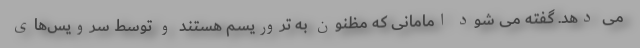
می دهد. گفته می شود امامانی که مظنون به تروریسم هستند و توسط سرویس‌های